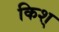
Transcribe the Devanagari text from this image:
किश्